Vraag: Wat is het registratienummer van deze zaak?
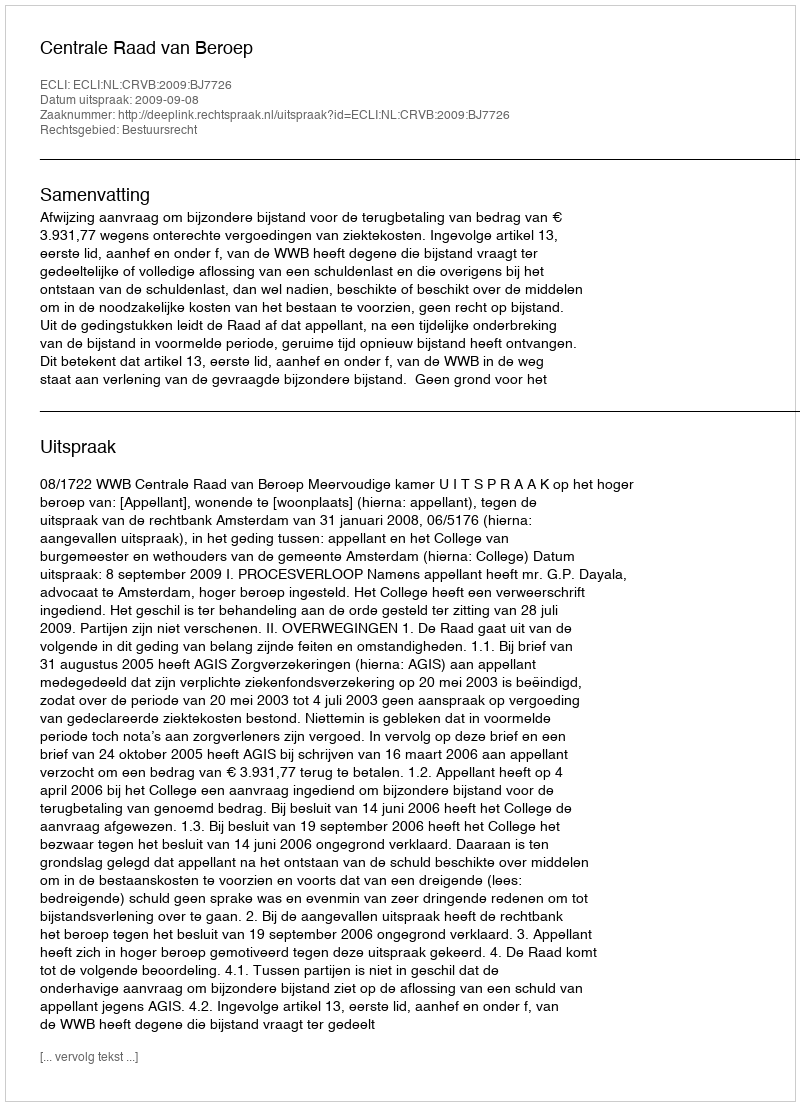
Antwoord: http://deeplink.rechtspraak.nl/uitspraak?id=ECLI:NL:CRVB:2009:BJ7726